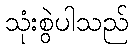
သုံးစွဲပါသည်